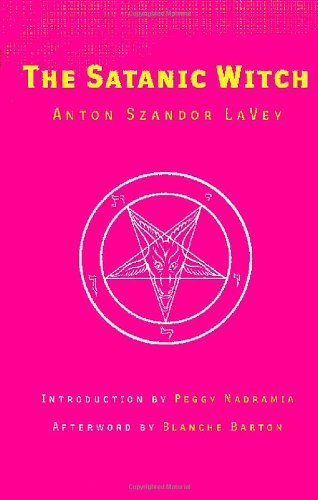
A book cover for The Satanic Witch; Anton Szandor LaVey; Health, Fitness & Dieting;